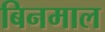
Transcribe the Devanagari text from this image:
बिनमाल